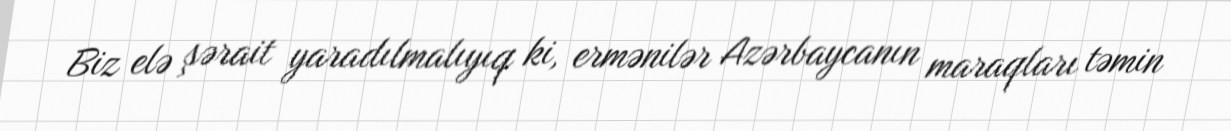
Biz elə şərait yaradılmalıyıq ki, ermənilər Azərbaycanın maraqları təmin